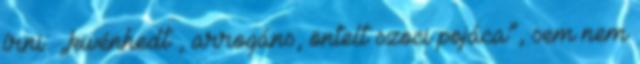
írni: „kivénhedt , arrogáns, öntelt szoci pojáca”, sem nem